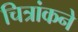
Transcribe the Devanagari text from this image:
चित्रांकने